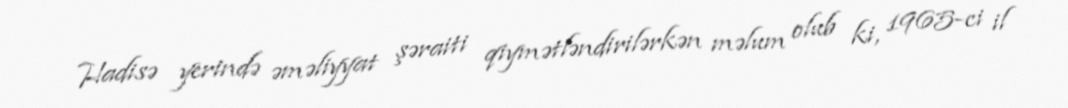
Hadisə yerində əməliyyat şəraiti qiymətləndirilərkən məlum olub ki, 1965-ci il